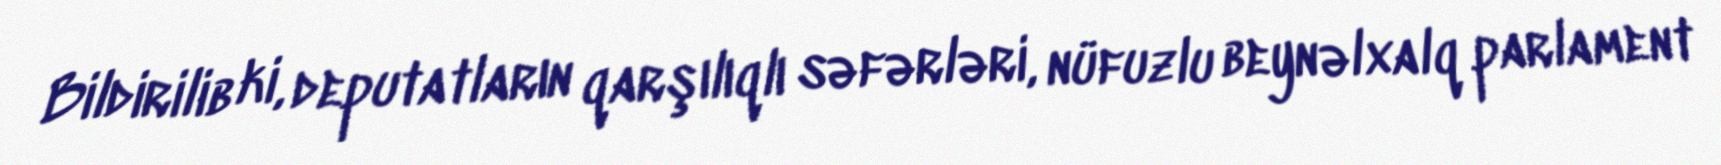
Bildirilib ki, deputatların qarşılıqlı səfərləri, nüfuzlu beynəlxalq parlament